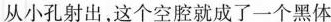
从小孔射出，这个空腔就成了一个黑体